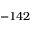
- 1 4 2